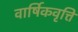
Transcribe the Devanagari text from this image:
वार्षिकवृत्ति